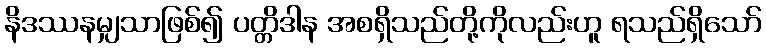
နိဒဿနမျှသာဖြစ်၍ ပတ္တိဒါန အစရှိသည်တို့ကိုလည်းဟူ ရသည်ရှိသော်